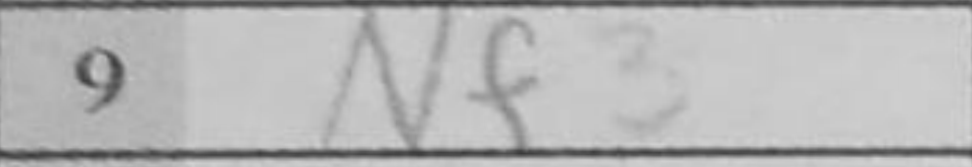
Transcription: Nf3